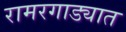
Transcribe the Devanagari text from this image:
रामरगाड्यात